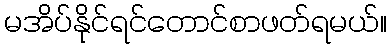
မအိပ်နိုင်ရင်တောင်စာဖတ်ရမယ်။